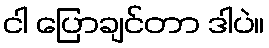
ငါ ပြောချင်တာ ဒါပဲ။